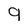
Character: 9